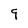
Character: 9